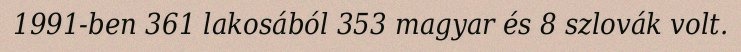
1991-ben 361 lakosából 353 magyar és 8 szlovák volt.